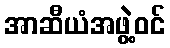
အာဆီယံအဖွဲ့ဝင်